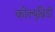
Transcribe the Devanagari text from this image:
कोल्युब्रिडी